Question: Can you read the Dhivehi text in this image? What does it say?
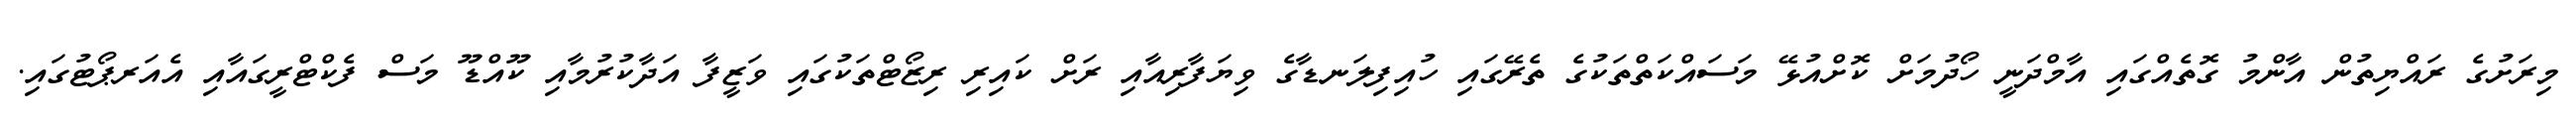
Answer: މިރަށުގެ ރައްޔިތުން އާންމު ގޮތެއްގައި އާމްދަނީ ހޯދުމަށް ކޮށްއުޅޭ މަސައްކަތްތަކުގެ ތެރޭގައި ހުއިފިލަނޑާގެ ވިޔަފާރިއާއި ރަށް ކައިރި ރިޒޯޓްތަކުގައި ވަޒީފާ އަދާކުރުމާއި ކޫއްޑޫ މަސް ފެކްޓްރީގައާއި އެއަރޕޯޓުގައި.